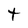
Character: t